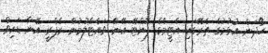
ހޯދަން އުޅުމުގެ ތެރޭގައި އެޓީމްގެ ފޮންޓޭ އޭނާ ވައްޓާލުމުން ރެފްރީ އޭނާ ޑައިވް